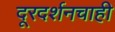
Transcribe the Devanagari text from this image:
दूरदर्शनचाही